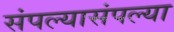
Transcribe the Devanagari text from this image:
संपल्यासंपल्या